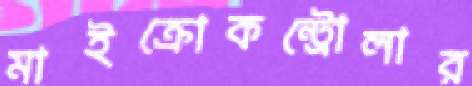
মাইক্রোকন্ট্রোলার